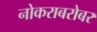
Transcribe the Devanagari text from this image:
नोकराबरोबर